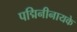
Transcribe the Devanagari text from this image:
पद्मिनीनायके